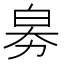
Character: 𤽘